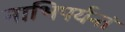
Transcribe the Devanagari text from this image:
नाभिपर्यन्तं